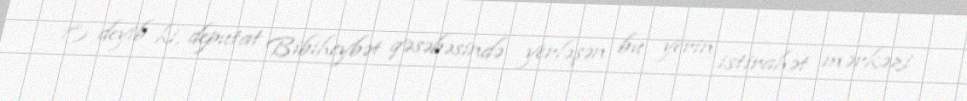
O deyib ki, deputat Bibiheybət qəsəbəsində yerləşən bu yerin istirahət mərkəzi